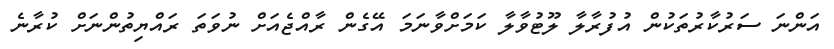
އަންނަ ސަރުކާރުތަކުން އުފުރާލާ ލޫޓުވާލާ ކަމަށްވާނަމަ އޭގެން ރާއްޖެއަށް ނުވަތަ ރައްޔިތުންނަށް ކުރާނެ